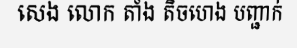
សេង លោក តាំង តិចហេង បញ្ជាក់